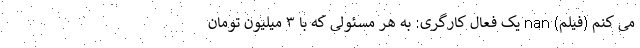
می کنم (فیلم) nan یک فعال کارگری: به هر مسئولی که با ۳ میلیون تومان